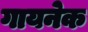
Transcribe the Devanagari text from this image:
गायनेक